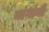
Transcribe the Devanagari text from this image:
यांगांनी